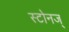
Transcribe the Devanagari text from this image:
स्टोनज्